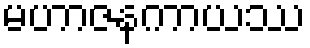
မဟာဇနကာယဿ